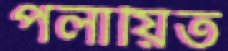
পলায়িত